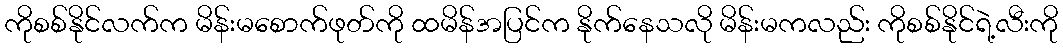
ကိုစစ်နိုင်လက်က မိန်းမစောက်ဖုတ်ကို ထမိန်အပြင်က နိုက်နေသလို မိန်းမကလည်း ကိုစစ်နိုင်ရဲ့လီးကို